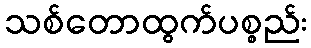
သစ်တောထွက်ပစ္စည်း